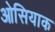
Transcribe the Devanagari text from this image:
ओसियाक